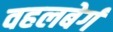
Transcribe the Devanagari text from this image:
वहलबेर्ग